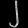
Digit: ၂